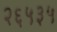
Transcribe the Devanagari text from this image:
२६५३५